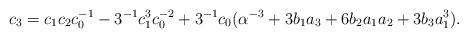
LaTeX: \begin{align*}c_{3}=c_{1}c_{2}c_{0}^{-1}-3^{-1}c_{1}^{3}c_{0}^{-2}+3^{-1}c_{0}(\alpha^{-3}+3b_{1}a_{3}+6b_{2}a_{1}a_{2}+3b_{3}a_{1}^{3}).\end{align*}